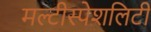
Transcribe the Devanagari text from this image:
मल्टीस्पेशलिटी